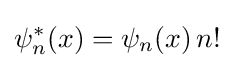
\psi _{n}^{*}(x)=\psi _{n}(x)\,n!